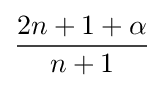
{\frac {2n+1+\alpha }{n+1}}